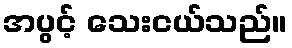
အပွင့် သေးငယ်သည်။